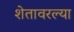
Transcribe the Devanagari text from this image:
शेतावरल्या